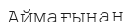
Аймағынан